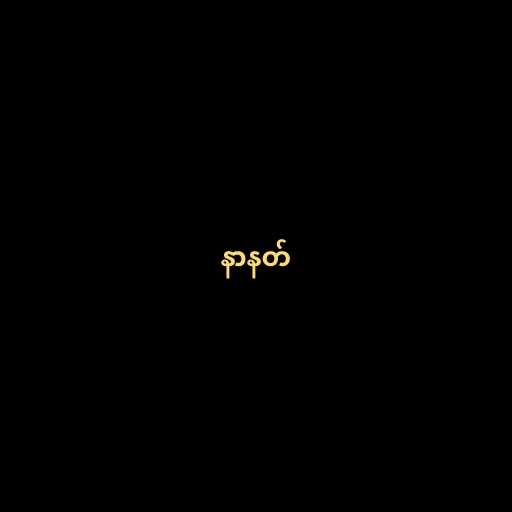
နာနတ်